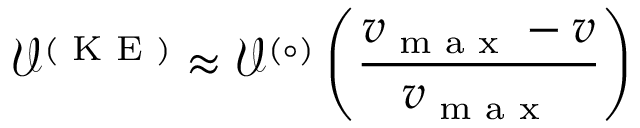
\mathcal { V } ^ { ( \textrm { K E } ) } \approx \mathcal { V } ^ { ( \circ ) } \left( \frac { v _ { \textrm { m a x } } - v } { v _ { \textrm { m a x } } } \right)